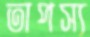
তাপস্য